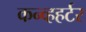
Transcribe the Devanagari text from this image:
कन्व्हहर्टर